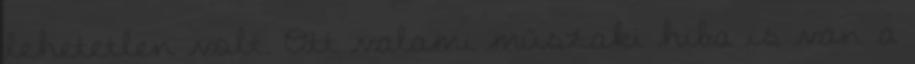
lehetetlen volt. Ott valami műszaki hiba is van a